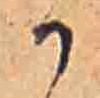
か